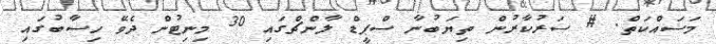
މަސައްކަތް. # ސަރުކާރުން ތިޔަބުނާ ސްޕީޑް ލާންޗްގައި 30 މިނިޓުން ދެވޭ ހިސާބުގައި